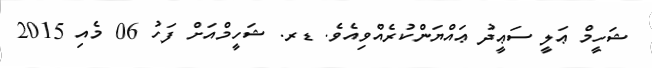
ޝަހީމް ޢަލީ ސަޢީދު ޢައްޔަންކުރެއްވިއެވެ. ޑރ. ޝަހީމްއަށް ފަހު 06 މެއި 2015